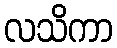
လသိကာ